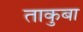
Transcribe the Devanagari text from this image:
ताकुबा